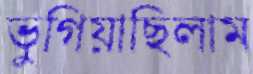
ভুগিয়াছিলাম